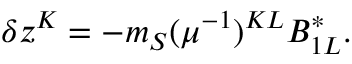
\delta z ^ { K } = - m _ { S } ( \mu ^ { - 1 } ) ^ { K L } B _ { 1 L } ^ { * } .